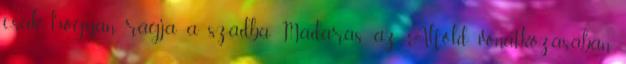
csak hogyan rágja a szádba Madaras az Alföld vonatkozásában,